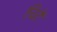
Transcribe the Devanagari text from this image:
चिटें